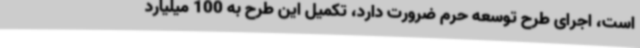
است، اجرای طرح توسعه حرم ضرورت دارد، تکمیل این طرح به 100 میلیارد